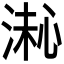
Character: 𪶚